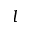
l